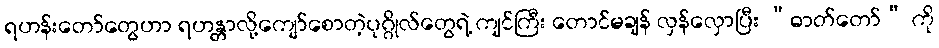
ရဟန်းတော်တွေဟာ ရဟန္တာလို့ကျော်စောတဲ့ပုဂ္ဂိုလ်တွေရဲ့ ကျင်ကြီး တောင်မချန် လှန်လှောပြီး “ဓာတ်တော်” ကို